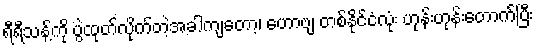
ရီရီသန့်ကို ပွဲထုတ်လိုက်တဲ့အခါကျတော့၊ ဟောဗျ တစ်နိုင်ငံလုံး ဟုန်းဟုန်းတောက်ပြီး